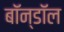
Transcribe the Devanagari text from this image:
बॉन्डॉल